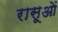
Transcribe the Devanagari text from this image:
रासूओं